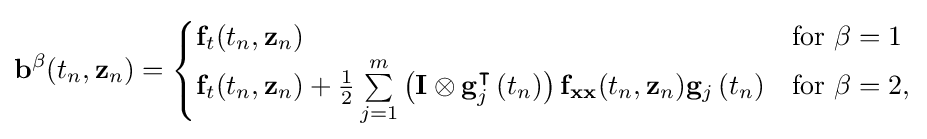
\mathbf {b} ^{\mathbb {\beta } }(t_{n},\mathbf {z} _{n})={\begin{cases}\mathbf {f} _{t}(t_{n},\mathbf {z} _{n})&{\text{for }}\mathbb {\beta } =1\\\mathbf {f} _{t}(t_{n},\mathbf {z} _{n})+{\frac {1}{2}}\sum \limits _{j=1}^{m}\left(\mathbf {I} \otimes \mathbf {g} _{j}^{\intercal }\left(t_{n}\right)\right)\mathbf {f} _{\mathbf {xx} }(t_{n},\mathbf {z} _{n})\mathbf {g} _{j}\left(t_{n}\right)&{\text{for }}\mathbb {\beta } =2,\end{cases}}